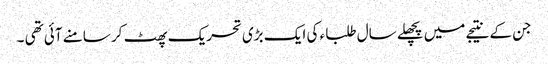
جن کے نتیجے میں پچھلے سال طلبا ء کی ایک بڑی تحریک پھٹ کر سامنے آئی تھی ۔